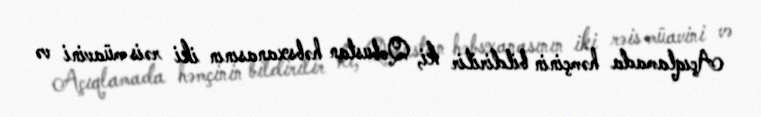
Açıqlamada həmçinin bildirilir ki, Qobustan həbsxanasının iki rəis müavini və